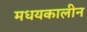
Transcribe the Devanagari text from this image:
मधयकालीन